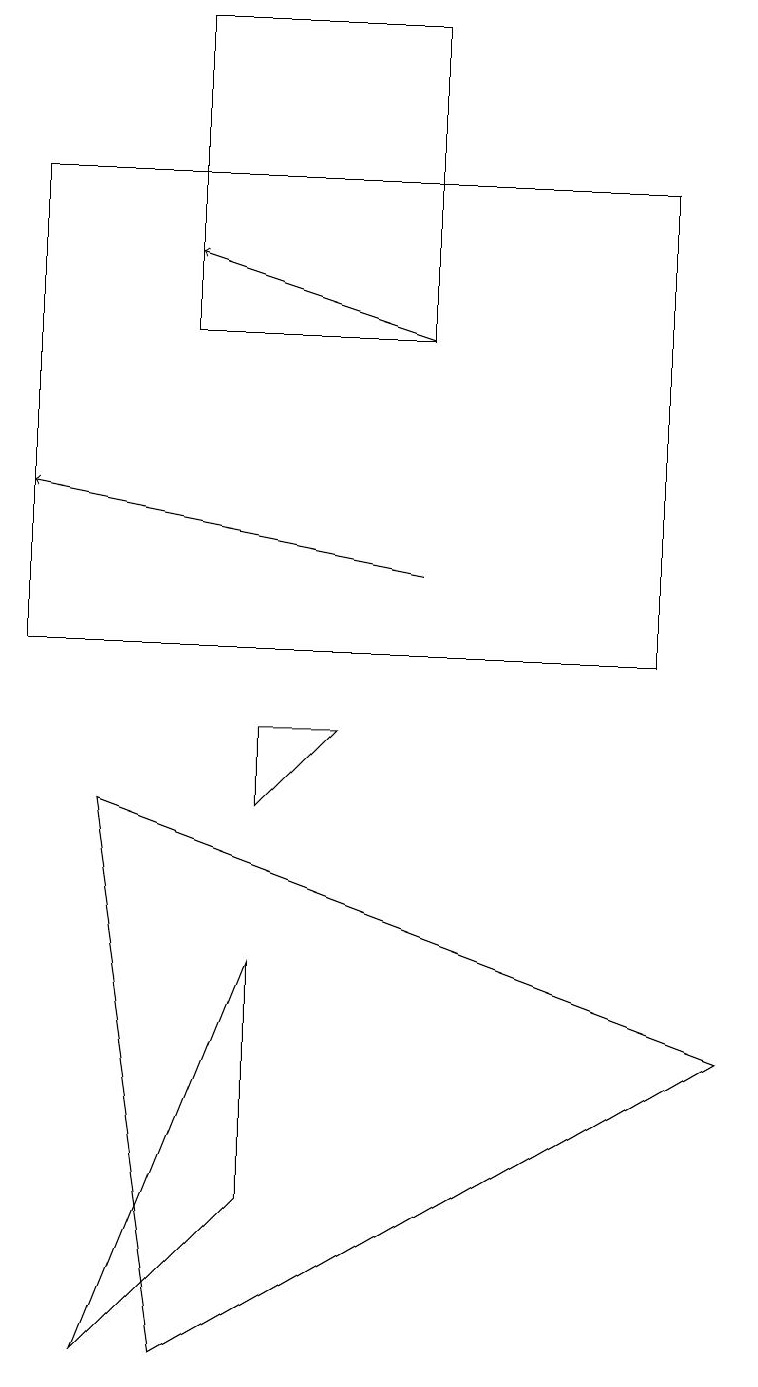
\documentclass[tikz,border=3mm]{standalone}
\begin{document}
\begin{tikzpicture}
\draw (1,1) -- (3,3) -- (3,6) -- cycle;
\draw (3,8) -- (4,9) -- (3,9) -- cycle;
\draw[->] (5,14) -- (2,15);
\draw (0,10) rectangle (8,16);
\draw (2,14) rectangle (5,18);
\draw[->] (5,11) -- (0,12);
\draw (9,5) -- (2,1) -- (1,8) -- cycle;
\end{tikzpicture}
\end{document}